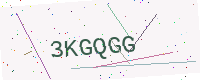
Text: 3KGQGG